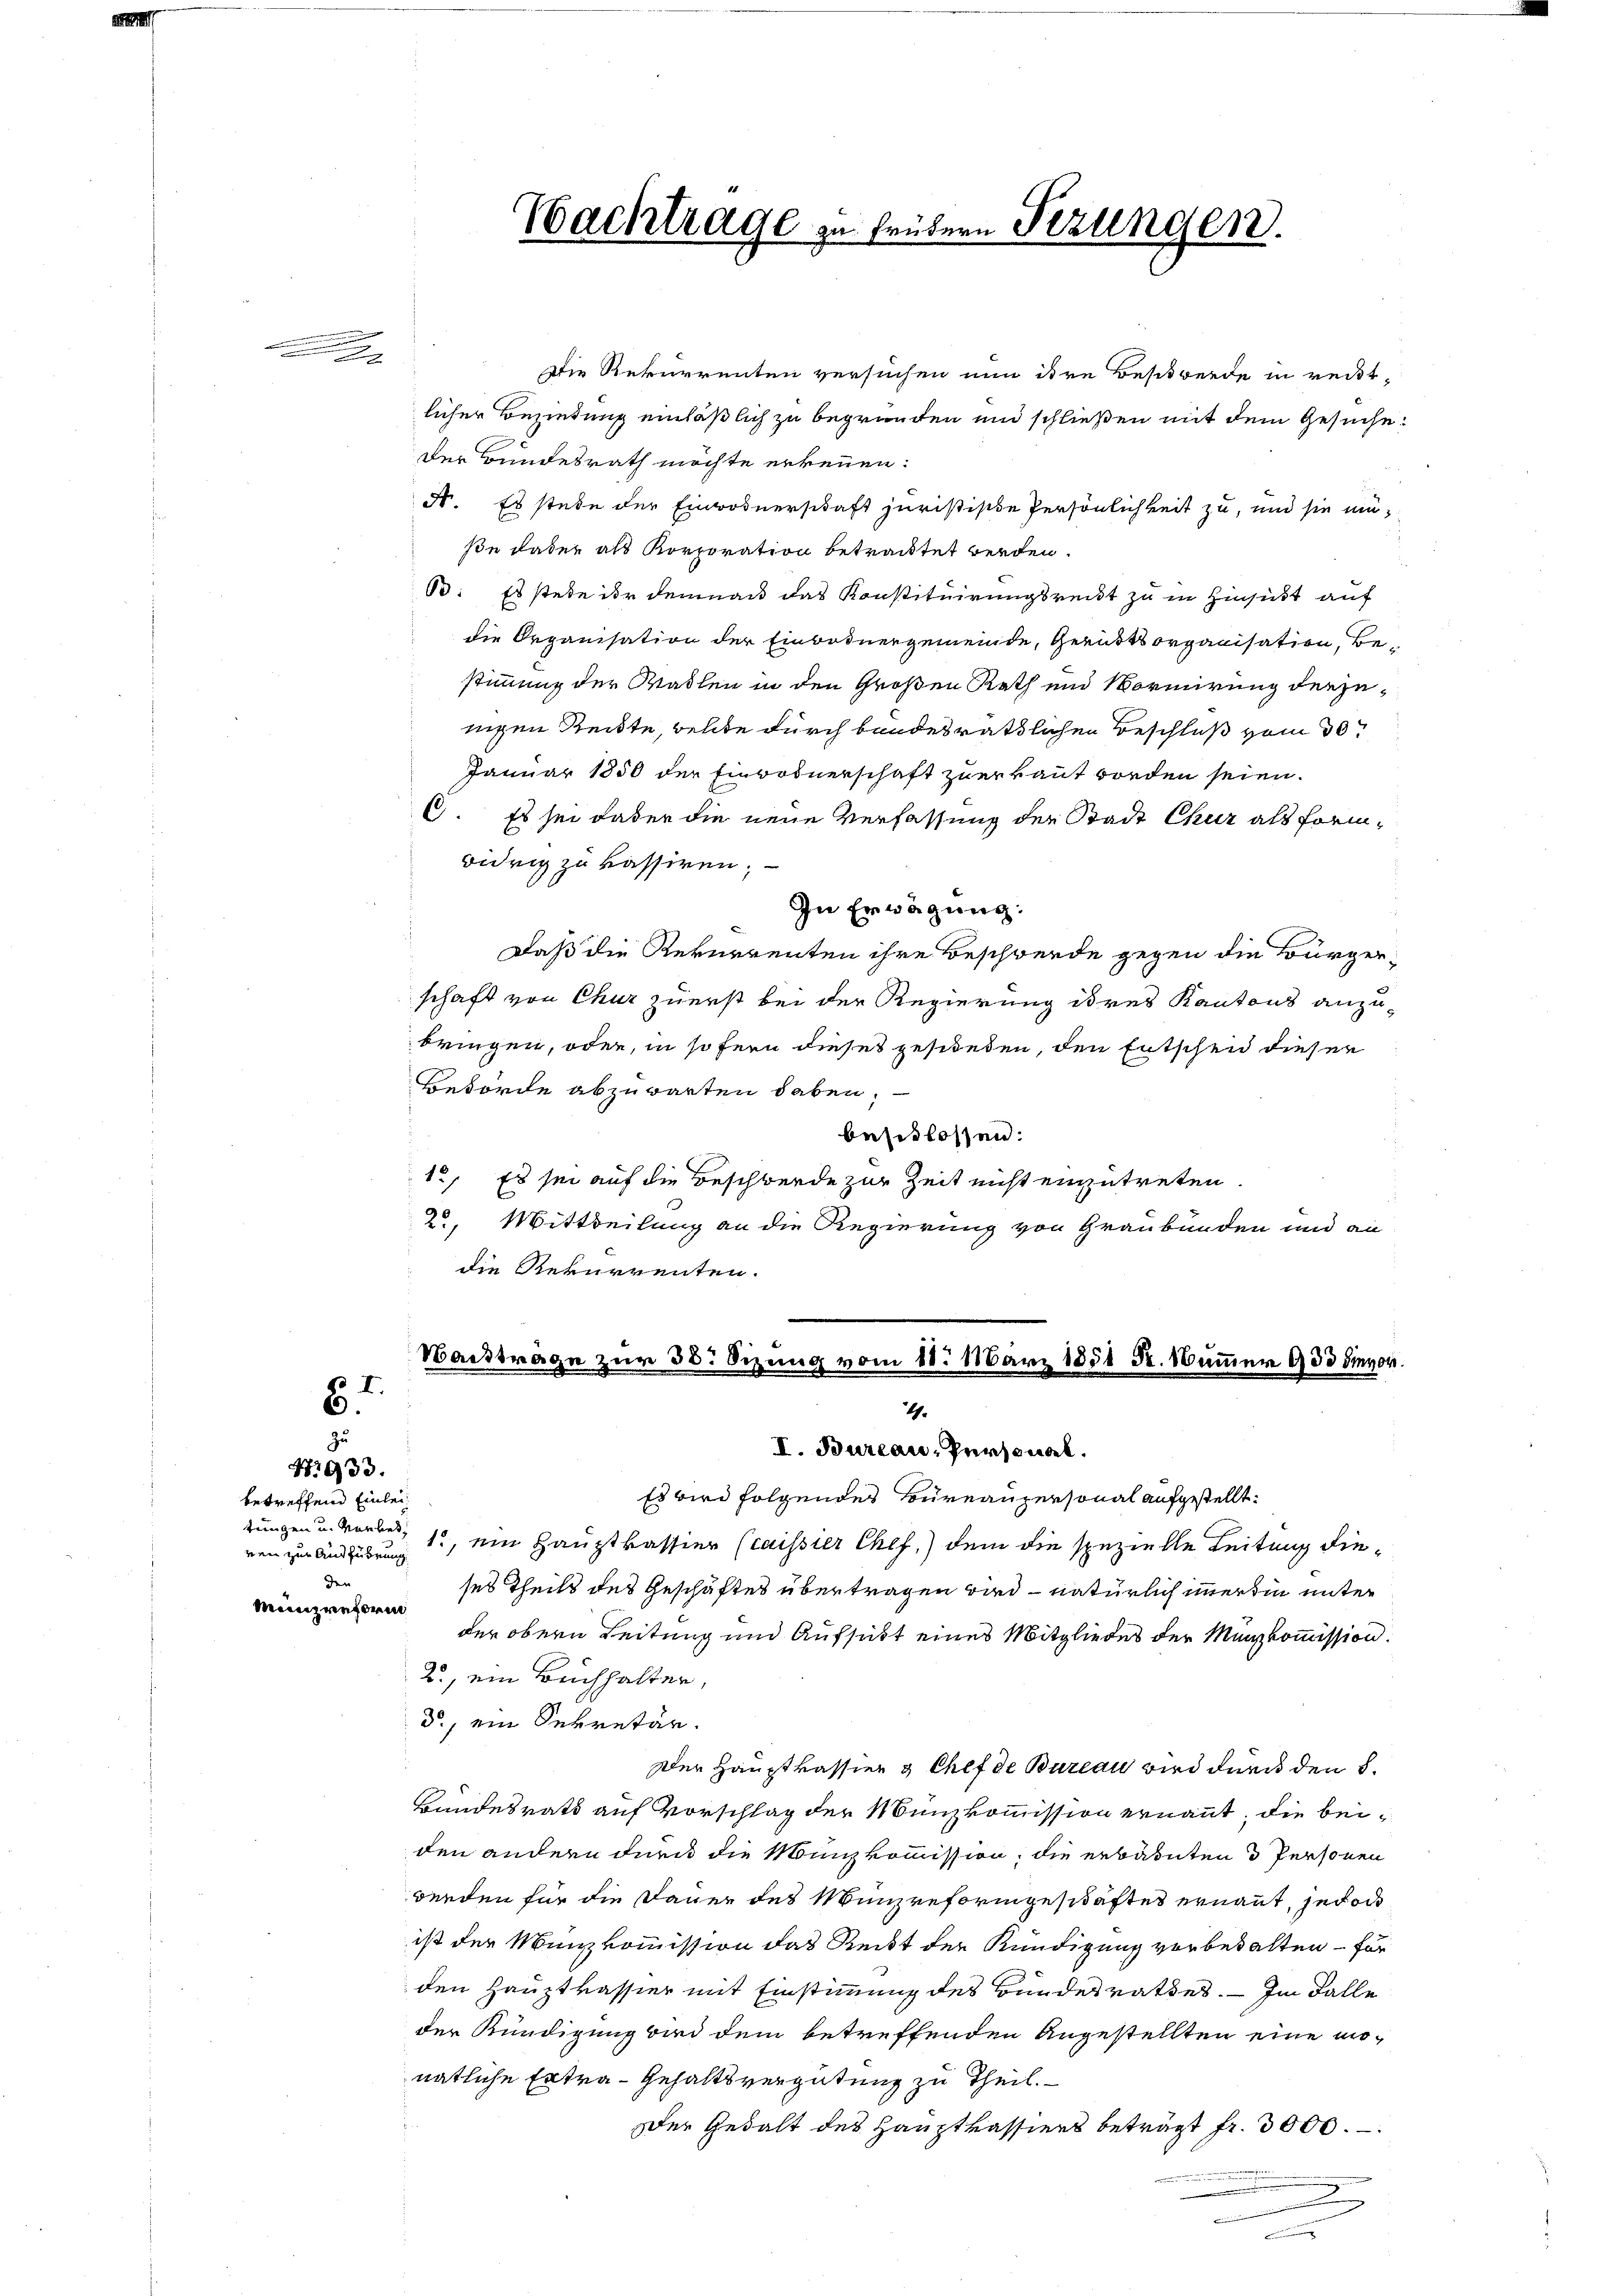
E.
B
zu
N. 933.

betreffend Einleiren zur Ausführung
den
Münzreform

Die Rekurrenten versuchen nun ihre Besitwerde in redit-
licher Beziehung einläßlich zu begründen und schließen mit dem Gesuche
Der Bundesrath möchte erkennen:
dt. Es stehe der Einwohnerschaft juristische Persönlichkeit zu, und sie minse dabei als Korporation betrachtet werden.
B: Es stehe ihr demnach das Konstituirungsreist zu in Hinsicht auf
die Organisation der Einbosnergemeinde, Gerichtsorganisation, Be-
stimmung der Wallen in den Großen Rath und Vormirung derjenigen Reckte, welche durch bandesräthlichen Beschluß vom 30.
Januar 1850 der Einwodnerschaft zuerkannt worden seien.
C. Es sei dabei die neue Verfassung der Stadt Chur als formwidrig zu kassiren.
In Erwägung:
Daß die Rekurrenten ihre Beschwerde gegen die Bürgerschaft von Chur zuerst bei der Regierung ihres Kantons anzubringen, oder, in so fern dieses gesieden, den Entschen dieser
Behörde abzuwarten haben;
i
beschlossen:
1., Es sei auf die Beschwerde zur Zeit nicht einzutreten
2, Mittheilung an die Regierung von Graubünden und an
die Rekurrenten.

Nachtrage zu frühern Fezungen.

Nachträge zur 38. Sizung vom 18. März 1851 Kr. Nummer 900 die vor
4.
I. Bureau, Personal.

Es wird folgendes Bureaupersonal aufgestellt:
zungen u. vorbes, 1, ein Hauptkassier (caisser Chef,) dem die spezielle Leitung dieses Theils des Geschäftes übertragen wird - natürlich wertin unter
der obern Leitung und Aufsucht eines Mitgliedes der Manzkommission.
2., ein Buchhalter,
d, ein Sekretär.
Der Hauptkassier & Chef de Bureau wird durch den 8.
Bundesrath auf Vorschlag der Münzkommission ernannt; die beiden andern durch die Münzkommission; die erbanten 3 Personen
werden für die Dauer des Münzreformgeschäftes ernannt, jedoch
ist der Münzkommission das Reibt der Kündigung vorbehalten – für
den Hauptkassier mit Einstimmung des Bundesrathes. — Im Falle
der Kündigung wird dem betreffenden Angestellten eine monatliche Extra-Gehaltsvergütung zu Theil.
Der Gewalt des Hauptkassiers beträgt fr. 3000.
.